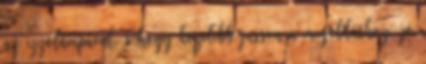
az izzólámpával, s hogy közelebb jusson a megoldáshoz, jó